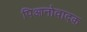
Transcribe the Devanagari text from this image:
पिआनोवादक